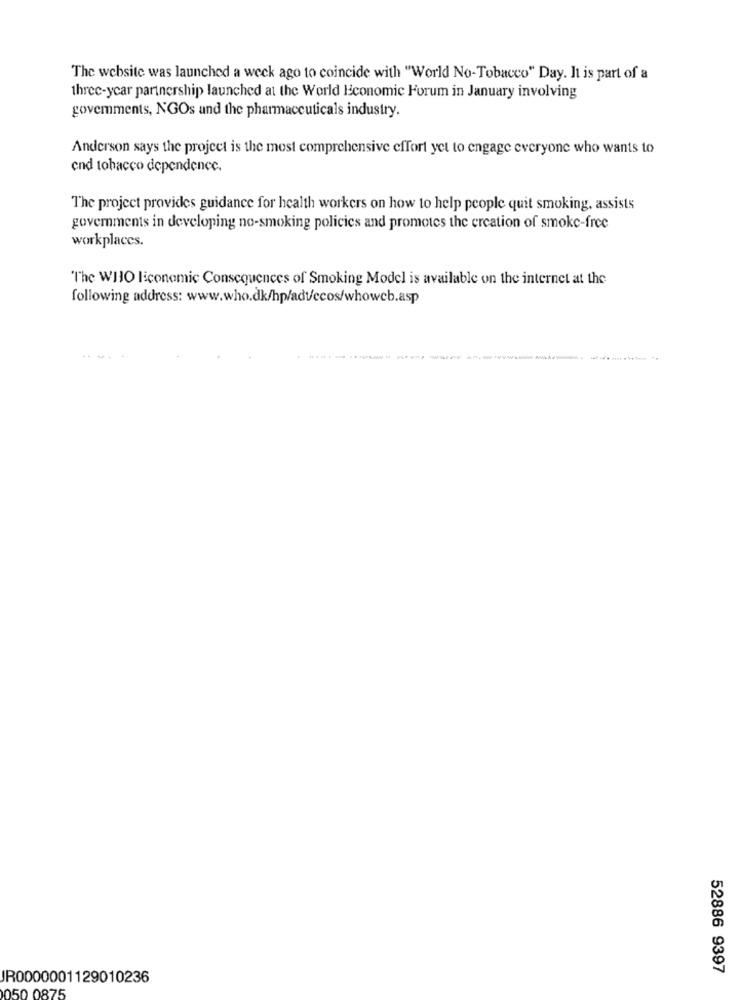
The website was launched a week ago to coincide with "World No-Tobacco" Day. It is part of a
three-year partnership launched at the World Economic Forum in January involving
govemments, NGOs and the pharmaceuticals industry.
Anderson says the project is the most comprehensive effort yet to engage everyone who wants to
end tobacco dependence.
The project provides guidance for health workers on how to help people quit smoking, assists
governments in developing no-smoking policies and promotes the creation of smoke-free
workplaces.
"The WHO liconomic Consequences of Smoking Model is available on the internet at the
following address: www.who.dk/hp/adt/ecos/whoweb.asp
---
52886 9397
R0000001129010236
50 0875